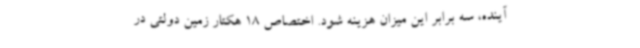
آینده، سه برابر این میزان هزینه شود. اختصاص 18 هکتار زمین دولتی در